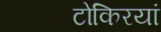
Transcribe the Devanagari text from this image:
टोकिरयां